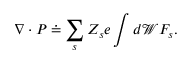
\nabla \cdot \boldsymbol { P } \doteq \sum _ { s } Z _ { s } e \int d \mathcal { W } F _ { s } .